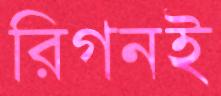
রিগনই